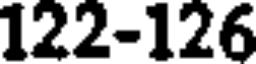
122-126